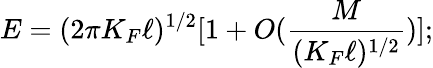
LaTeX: E=(2\pi K_{F}\ell)^{1/2}[1+O(\frac{M}{(K_{F}\ell)^{1/2}})];